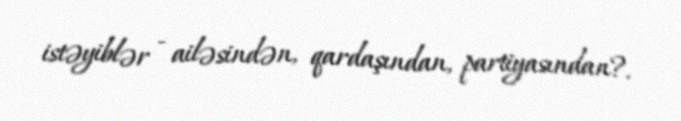
istəyiblər - ailəsindən, qardaşından, partiyasından?.